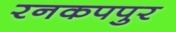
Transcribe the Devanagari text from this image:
रनकपपुर